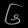
Digit: ၆